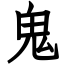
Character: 鬼